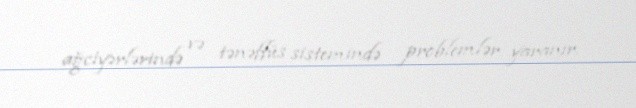
ağciyərlərində və tənəffüs sistemində problemlər yaranır.